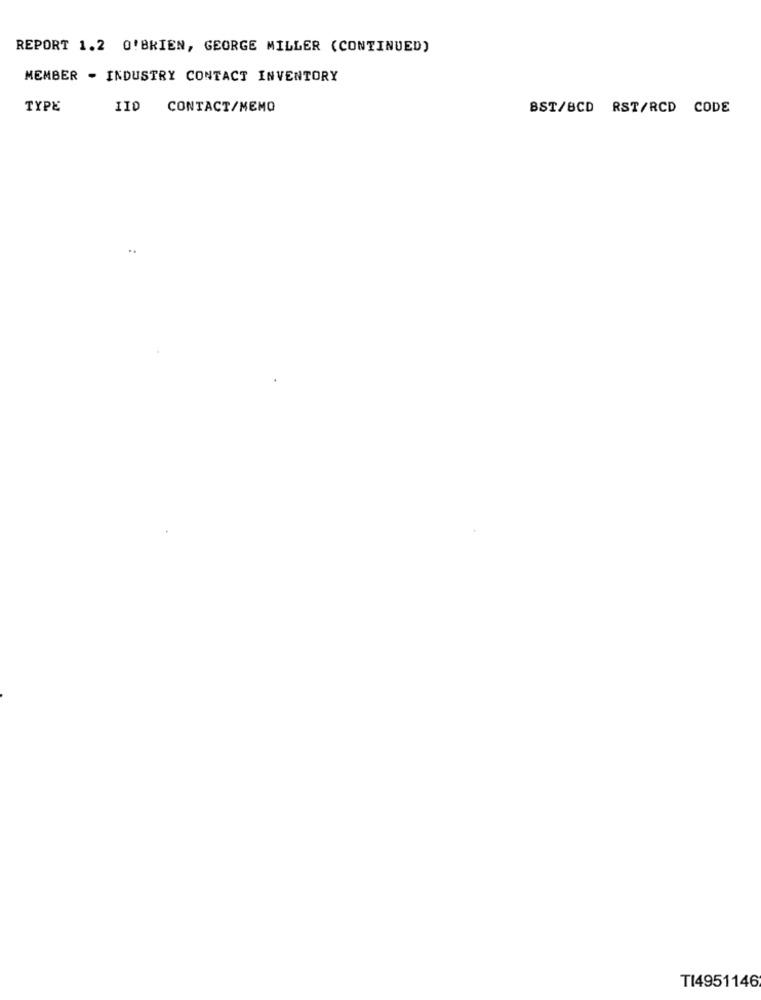
REPORT 1.2 O'BRIEN, GEORGE MILLER (CONTINUED)
MEMBER - INDUSTRY CONTACT INVENTORY
TYPE
IID CONTACT/MEMO
BST/8CD RST/RCD CODE
..
TI4951146